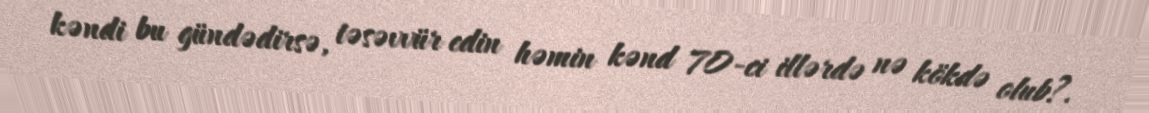
kəndi bu gündədirsə, təsəvvür edin həmin kənd 70-ci illərdə nə kökdə olub?.